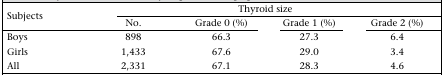
<table><thead><tr><td rowspan="2"><b>Subjects</b></td><td colspan="4"><b>Thyroid size</b></td></tr><tr><td><b>No.</b></td><td><b>Grade 0 (%)</b></td><td><b>Grade 1 (%)</b></td><td><b>Grade 2 (%)</b></td></tr></thead><tbody><tr><td>Boys</td><td>898</td><td>66.3</td><td>27.3</td><td>6.4</td></tr><tr><td>Girls</td><td>1,433</td><td>67.6</td><td>29.0</td><td>3.4</td></tr><tr><td>All</td><td>2,331</td><td>67.1</td><td>28.3</td><td>4.6</td></tr></tbody></table>